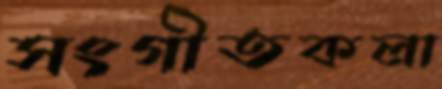
সংগীতকলা